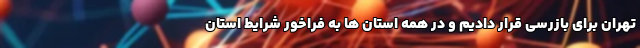
تهران برای بازرسی قرار دادیم و در همه استان ها به فراخور شرایط استان